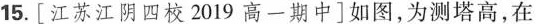
15. [江苏江阴四校2019高一期中]如图，为测塔高，在